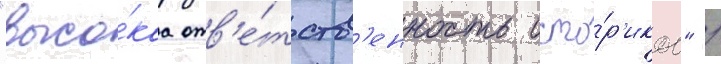
"высо́каа отв'е́тств'енность исто́р'иков" /